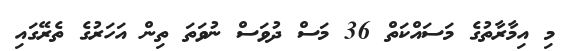
މި އިމާރާތުގެ މަސައްކަތް 36 މަސް ދުވަސް ނުވަަތަ ތިން އަހަރުގެ ތެރޭގައި